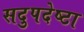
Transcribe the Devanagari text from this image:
सदुपदेष्टा